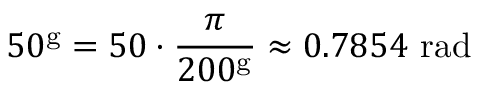
5 0 ^ { \mathrm { g } } = 5 0 \cdot { \frac { \pi } { 2 0 0 ^ { \mathrm { g } } } } \approx 0 . 7 8 5 4 { \mathrm { ~ r a d } }